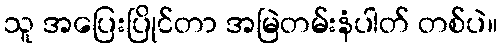
သူ အပြေးပြိုင်တာ အမြဲတမ်းနံပါတ် တစ်ပဲ။